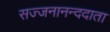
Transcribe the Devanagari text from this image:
सज्जनानन्ददाता